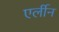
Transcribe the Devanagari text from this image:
एर्लीन